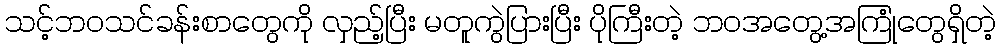
သင့်ဘဝသင်ခန်းစာတွေကို လှည့်ပြီး မတူကွဲပြားပြီး ပိုကြီးတဲ့ ဘဝအတွေ့အကြုံတွေရှိတဲ့